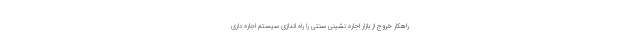
راهکار خروج از بازار اجاره نشینی سنتی را راه اندازی سیستم اجاره داری